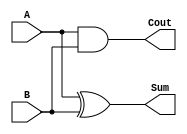
`timescale 1ns / 1ps
//////////////////////////////////////////////////////////////////////////////////
// Company: 
// Engineer: 
// 
// Design Name: halfadder
//Anthony Ruiz
// 
//////////////////////////////////////////////////////////////////////////////////


module HalfAdder1(
    input A,
    input B,
    output Sum,
    output Cout
    );
    
    
   assign Sum = A ^ B; // sum declaration
   assign Cout = (A & B); // Carry 
   
endmodule